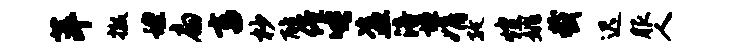
萍撤蝗扁畜杪醮倦唾盗涪垣娟孜煌姚截迟服人